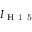
I _ { \mathrm { ~ H ~ 1 ~ 5 ~ } }